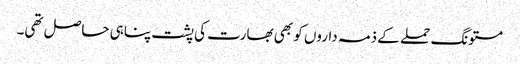
مستونگ حملے کے ذمہ داروں کو بھی بھارت کی پشت پناہی حاصل تھی۔